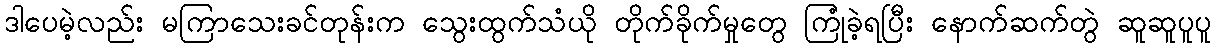
ဒါပေမဲ့လည်း မကြာသေးခင်တုန်းက သွေးထွက်သံယို တိုက်ခိုက်မှုတွေ ကြုံခဲ့ရပြီး နောက်ဆက်တွဲ ဆူဆူပူပူ